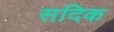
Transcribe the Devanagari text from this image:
सदिक